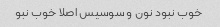
خوب نبود نون و سوسیس اصلا خوب نبو